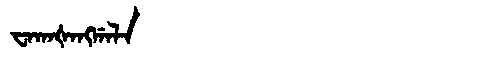
Manchu: ᠸᠠᡴᠠᡧᠠᠩᡤᠠᠯᠠ
Romanization: WAKAŠANGGALA